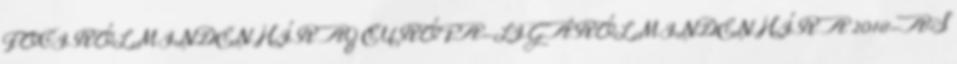
FOCIRÓL MINDEN HÍR AZ EURÓPA-LIGÁRÓL MINDEN HÍR A 2018-AS